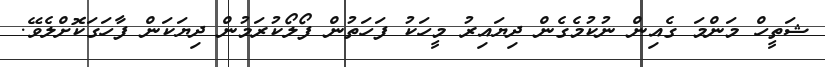
ޝަތީހް މަންމަ ގެއިން ނުކުމެގެން ދިޔައިރު މީހަކު ފަހަތުން ފޯލޯކުރަމުން ދިޔަކަން ފާހަގަކޮށްލެވޭ.